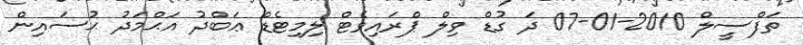
ތަފްސީލް 2010-01-07 ދަ ގުޑް ވިލް ޕްރައިވެޓް ލިމިޓެޑް ޢަބްދު އަޙްމަދު ޙުސައިން